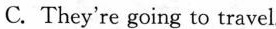
C. They're going to travel.